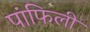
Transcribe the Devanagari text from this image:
पांफिली